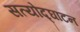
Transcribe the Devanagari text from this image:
सत्योद्घाटन